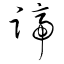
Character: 蹄